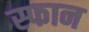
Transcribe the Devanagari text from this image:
स्फान